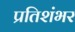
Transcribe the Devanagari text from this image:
प्रतिशंभर